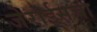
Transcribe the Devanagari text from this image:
जेराईसचा